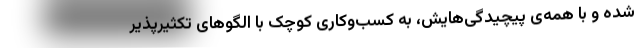
شده و با همه‌ی پیچیدگی‌هایش، به کسب‌وکاری کوچک با الگوهای تکثیرپذیر